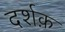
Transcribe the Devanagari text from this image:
दर्शक़